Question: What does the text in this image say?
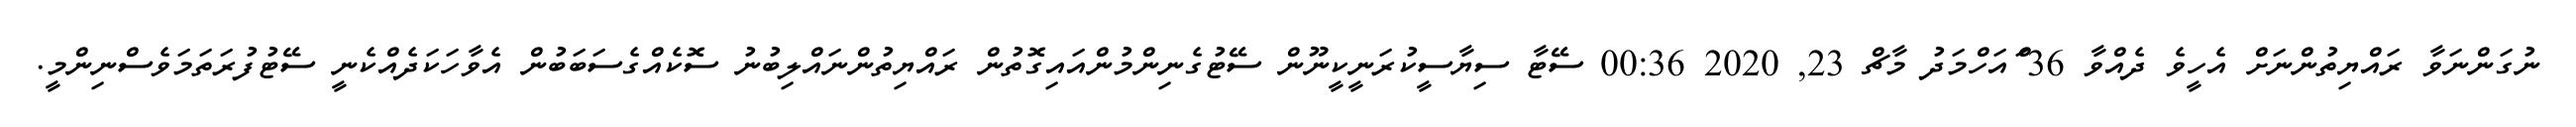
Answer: ނުގަންނަވާ ރައްޔިތުންނަށް އެހީވެ ދެއްވާ 36 ްައަހްމަދު މާޗް 23, 2020 00:36 ސޭޓާ ސިޔާސީކުރަނީކީނޫން ސޭޓުގެނިންމުންއައިގޮތުން ރައްޔިތުންނައްލިބުނު ސޮކެއްގެސަބަބުން އެވާހަކަދެއްކެނީ ސޭޓުފުރަތަމަވެސްނިންމީ.